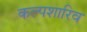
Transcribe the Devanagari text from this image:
कल्पशारिव